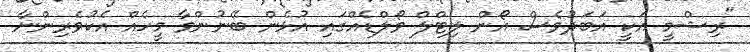
"ރިޝްމީ އަކީ އަބަދުވެސް އޯން ލިޓްލް ވޯލްޑެއްގައި އުޅެން ބޭނުންވާ މީހެއް އެކުވެރިންނާ